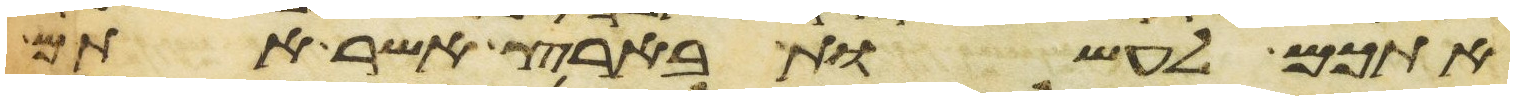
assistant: אתכם לעשות בארץ אשר אתם